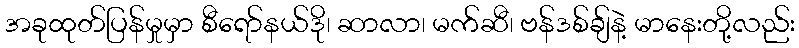
အခုထုတ်ပြန်မှုမှာ စီရော်နယ်ဒို၊ ဆာလာ၊ မက်ဆီ၊ ဗန်ဒစ်ချ်နဲ့ မာနေးတို့လည်း